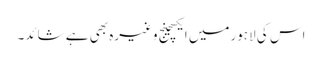
اس کی لاہورمیں ایکسچینج وغیرہ بھی ہے شائد۔